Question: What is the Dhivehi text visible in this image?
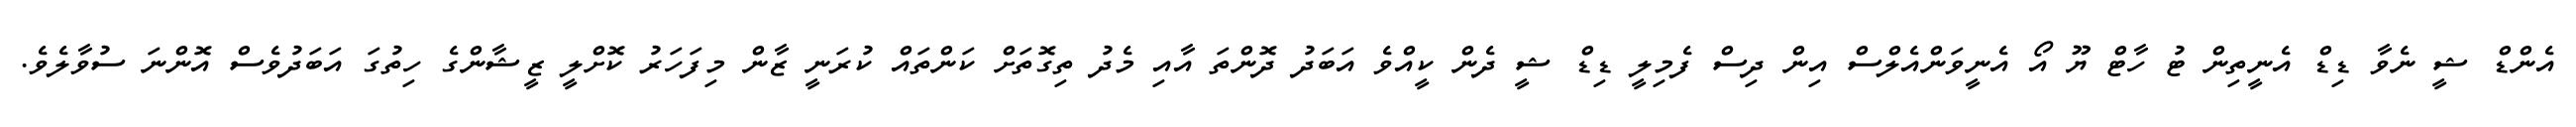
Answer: އެންޑް ޝީ ނެވާ ޑިޑް އެނީތިން ޓު ހާޓް ޔޫ އޯ އެނީވަންއެލްސް އިން ދިސް ފެމިލީ ޑިޑް ޝީ ދެން ކީއްވެ އަބަދު ދޮންތަ އާއި މެދު ތިގޮތަށް ކަންތައް ކުރަނީ ޒާން މިފަހަރު ކޮށްލީ ޒީޝާންގެ ހިތުގަ އަބަދުވެސް އޮންނަ ސުވާލެވެ.